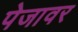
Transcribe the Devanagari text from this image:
पेजावर